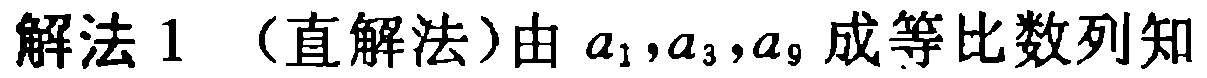
解法 1 （直解法）由 \(a_{1},a_{3},a_{9}\) 成等比数列知